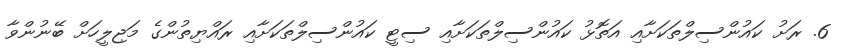
6. ރަށު ކައުންސިލްތަކަށާއި އަތޮޅު ކައުންސިލްތަކަށާއި ސިޓީ ކައުންސިލްތަކަށާއި ރައްޔިތުންގެ މަޖިލީހަށް ބޭނުންވާ